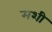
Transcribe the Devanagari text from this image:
मशी